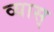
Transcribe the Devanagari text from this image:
व्यास्